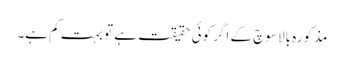
مذکورہ بالا سوچ کے اگر کوئی حقیقت ہے تو بہت کم ہے۔